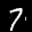
Label: 7